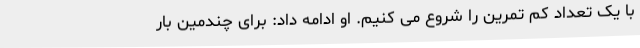
با یک تعداد کم تمرین را شروع می کنیم. او ادامه داد: برای چندمین بار